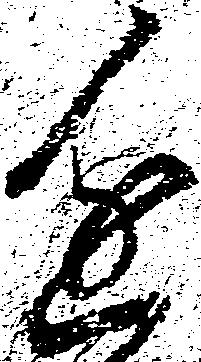
進